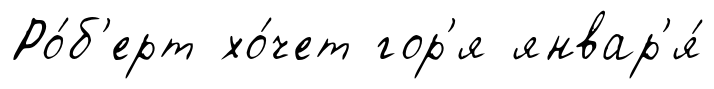
Ро́б'ерт хо́чет гор'я январ'я́